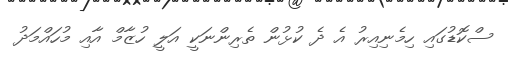
ސްކޮޑުގައި ހިމެނިއިރު އެ ދެ ކުޅުން ތެރިންނަކީ އަލީ ހުޒާމް އާއި މުހައްމަދު